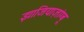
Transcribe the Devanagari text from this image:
झाजियाज़ांग्बू